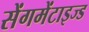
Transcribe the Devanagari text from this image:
सेंगमेंटाइज्ड